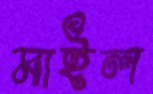
মাইল